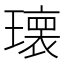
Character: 𱯯